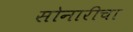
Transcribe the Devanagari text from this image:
सोनारीचा